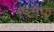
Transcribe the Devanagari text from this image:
स्टाफ